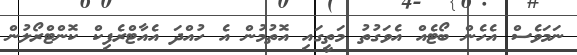
ނަމަވެސް އެހެން ބޯޓެއް އެވަގުތު މަތީގައި އޮތުމުން އެ ހުއްދަ އެއާޓްރެފިކް ކޮންޓްރޯލުން